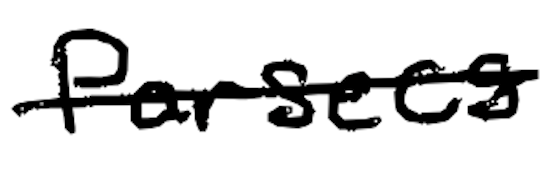
Text: parsecs
Cross-out: single-line
Writing tool: digital_black